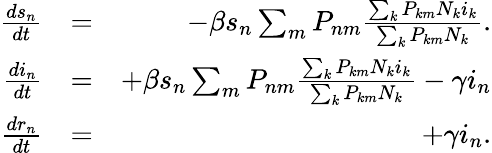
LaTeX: \begin{array}{rlr}{\frac{ds_{n}}{dt}}&{=}&{-\beta s_{n}\sum_{m}P_{nm}\frac{\sum_{k}P_{km}N_{k}i_{k}}{\sum_{k}P_{km}N_{k}}.}\\ {\frac{di_{n}}{dt}}&{=}&{+\beta s_{n}\sum_{m}P_{nm}\frac{\sum_{k}P_{km}N_{k}i_{k}}{\sum_{k}P_{km}N_{k}}-\gamma i_{n}}\\ {\frac{dr_{n}}{dt}}&{=}&{+\gamma i_{n}.}\end{array}